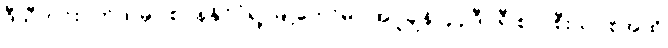
ဒီသီတင်းပတ်ထဲမှာ စပိန်နိုင်ငံရဲ့ မြို့တော်မှာ အပူချိန် ၄၄ ဒီဂရီ စဲလ်စီးယပ်စ်အထိ